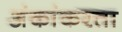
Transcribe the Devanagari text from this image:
अंकांकरता